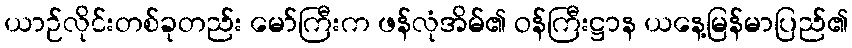
ယာဉ်လိုင်းတစ်ခုတည်း မော်ကြီးက ဖန်လုံအိမ်၏ ဝန်ကြီးဋ္ဌာန ယနေ့မြန်မာပြည်၏